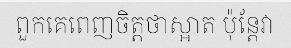
ពួកគេពេញចិត្តថាស្អាត ប៉ុន្តែវា